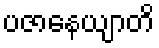
ပဇာနေယျာတိ